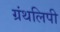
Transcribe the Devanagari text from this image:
ग्रंथलिपी